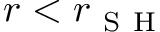
r < r _ { \mathrm { ~ S ~ H ~ } }